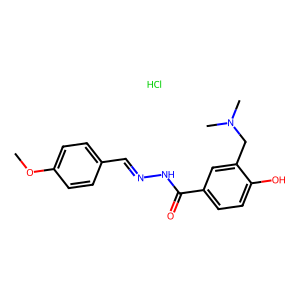
SMILES: COc1ccc(C=NNC(=O)c2ccc(O)c(CN(C)C)c2)cc1.Cl
Inhibits HIV replication: No